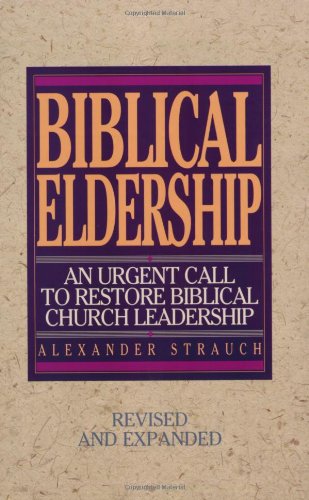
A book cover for Biblical Eldership: An Urgent Call to Restore Biblical Church Leadership; Alexander Strauch; Christian Books & Bibles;